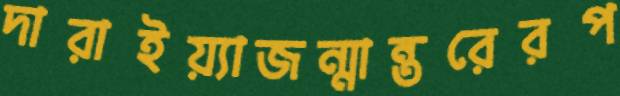
দারাইয়্যাজন্মান্তরেরপ